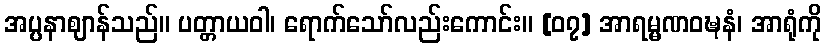
အပ္ပနာဈာန်သည်။ ပတ္တာယဝါ၊ ရောက်သော်လည်းကောင်း။ [၀၇] အာရမ္မဏဝဍ္ဎနံ၊ အာရုံကို